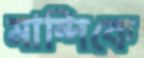
মান্দিকে